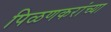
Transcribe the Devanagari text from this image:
पिळणकरांच्या